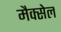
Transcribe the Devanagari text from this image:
मैक्सेल